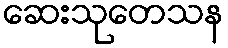
ဆေးသုတေသန